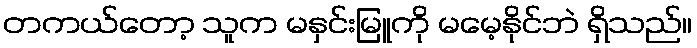
တကယ်တော့ သူက မနှင်းမြူကို မမေ့နိုင်ဘဲ ရှိသည်။